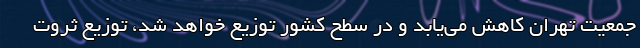
جمعيت تهران كاهش می‌یابد و در سطح کشور توزیع خواهد شد، توزيع ثروت